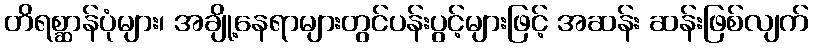
တိရစ္ဆာန်ပုံများ၊ အချို့နေရာများတွင်ပန်းပွင့်များဖြင့် အဆန်း ဆန်းဖြစ်လျက်